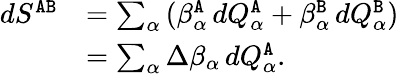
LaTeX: \begin{array}{rl}{dS^{{\tt A}{\tt B}}}&{=\sum_{\alpha}\left(\beta_{\alpha}^{{\tt A}}\, d{Q}_{\alpha}^{{\tt A}}+\beta_{\alpha}^{{\tt B}}\, d{Q}_{\alpha}^{{\tt B}}\right)}\\ &{=\sum_{\alpha}\Delta{\beta}_{\alpha}\, d{Q}_{\alpha}^{{\tt A}}.}\end{array}